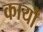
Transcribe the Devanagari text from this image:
कार्यौं